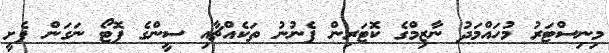
މިނިސްޓަރު މުހައްމަދު ނާޒިމްގެ ކޮޓަރިން ފެނުނު ތަކެއްޗާއި ސީންގެ ފޮޓޯ ނަގަން ފެށީ